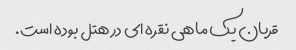
قربان یک ماهی نقره ای در هتل بوده است.